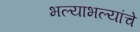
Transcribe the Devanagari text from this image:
भल्याभल्यांचे